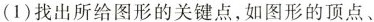
(1)找出所给图形的关键点，如图形的顶点、